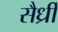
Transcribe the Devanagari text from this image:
सैर्ध्रीं